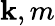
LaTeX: \mathbf{k},m